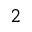
_ 2